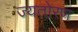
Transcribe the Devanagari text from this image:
ज्यतोरण